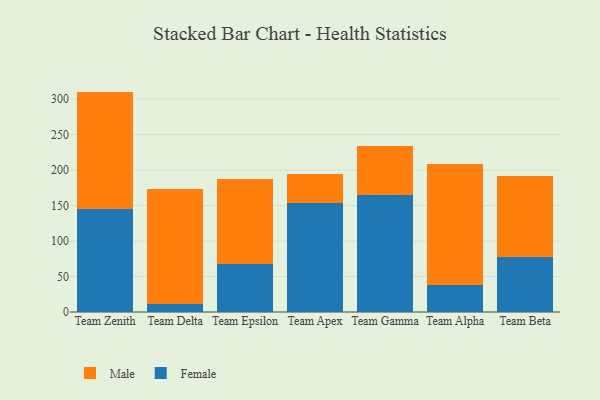
{"axis": {"x": "Team", "y": "LTV (USD)"}, "legend": ["Female", "Male"], "data": [{"x": "Team Zenith", "y": 145.1, "type": "Female"}, {"x": "Team Zenith", "y": 165.3, "type": "Male"}, {"x": "Team Delta", "y": 11.9, "type": "Female"}, {"x": "Team Delta", "y": 160.9, "type": "Male"}, {"x": "Team Epsilon", "y": 67.7, "type": "Female"}, {"x": "Team Epsilon", "y": 119.0, "type": "Male"}, {"x": "Team Apex", "y": 154.0, "type": "Female"}, {"x": "Team Apex", "y": 40.2, "type": "Male"}, {"x": "Team Gamma", "y": 164.7, "type": "Female"}, {"x": "Team Gamma", "y": 68.5, "type": "Male"}, {"x": "Team Alpha", "y": 38.5, "type": "Female"}, {"x": "Team Alpha", "y": 169.6, "type": "Male"}, {"x": "Team Beta", "y": 77.5, "type": "Female"}, {"x": "Team Beta", "y": 114.6, "type": "Male"}]}